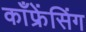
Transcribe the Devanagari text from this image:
काँफ्रेंसिंग